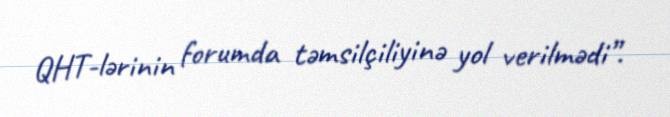
QHT-lərinin forumda təmsilçiliyinə yol verilmədi”.